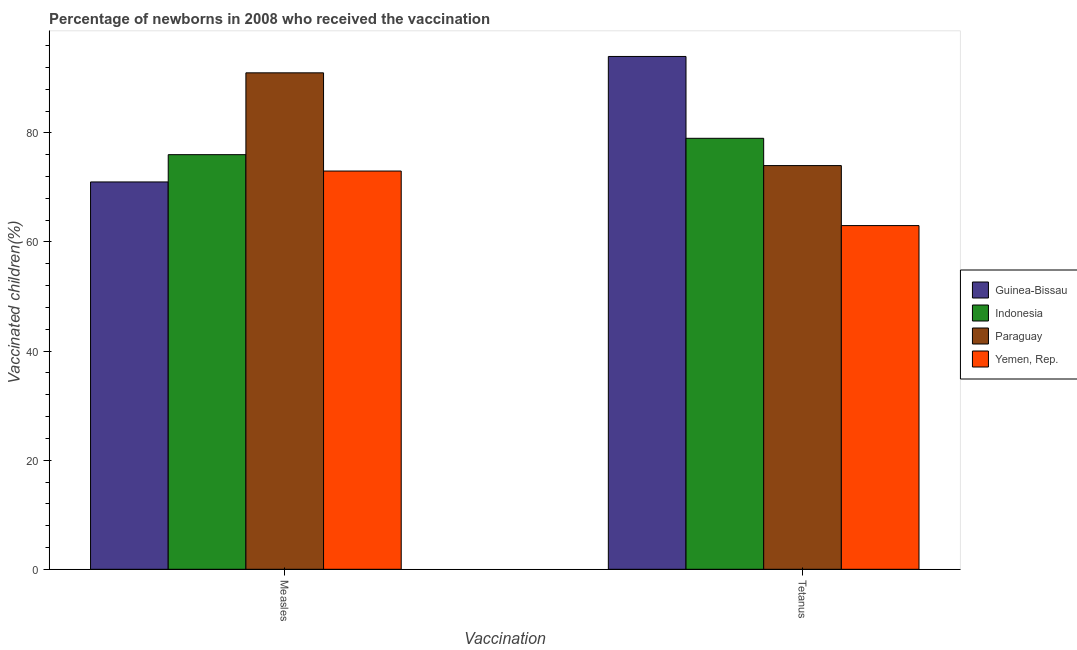
| Vaccination | Guinea-Bissau | Indonesia | Paraguay | Yemen, Rep. |
 | --- | --- | --- | --- | --- |
 | Measles | 71 | 76 | 91 | 73 |
 | Tetanus | 94 | 79 | 74 | 63 |